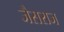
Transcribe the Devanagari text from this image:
जैसराज